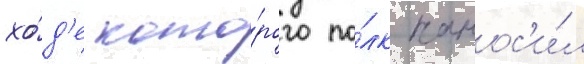
хо́д'е кото́рого по́лк нанос'и́л